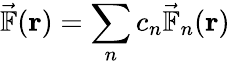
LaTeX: \vec{\mathbb{F}}(\mathbf{r})=\sum_{n}c_{n}\vec{\mathbb{F}}_{n}(\mathbf{r})